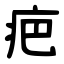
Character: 疤